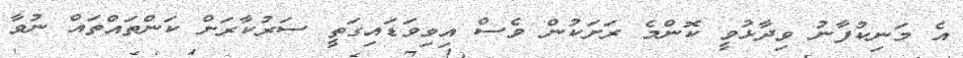
އެ މަނިކުފާނު ވިދާޅުވީ ކޮންމެ ރަށަކުން ވެސް އިވިވަޑައިގަތީ ސަރުކާރަށް ކަންތައްތައް ނުވާ